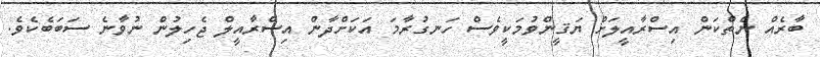
ބާރެއް ނެތްކަން އިސްރާއީލަށް ޔަޤީންވުމަކީވެސް ހަނގުރާމަ އަކަށްދާން އިސްރާއީލް ޖެހިލުން ނުވާނެ ސަބަބެކެވެ.